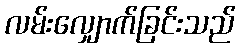
လမ်းလျှောက်ခြင်းသည်